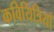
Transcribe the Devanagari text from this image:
कवियित्रियाँ